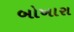
બોખારા